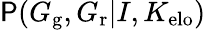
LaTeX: \mathsf{P}(G_{\mathrm{{g}}},G_{\mathrm{{r}}}|I,K_{\mathrm{{elo}}})